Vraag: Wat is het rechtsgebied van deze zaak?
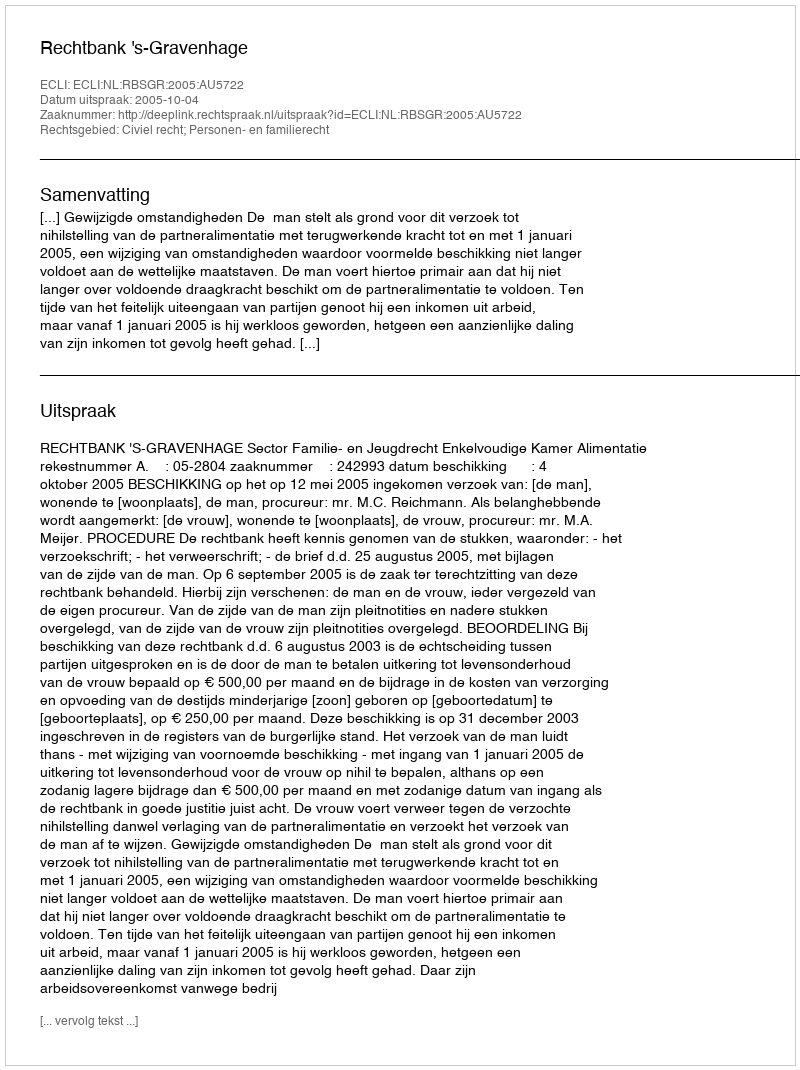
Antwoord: Civiel recht; Personen- en familierecht